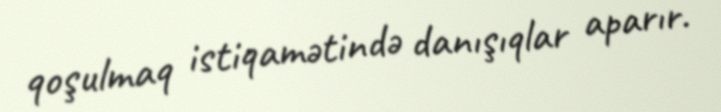
qoşulmaq istiqamətində danışıqlar aparır.